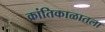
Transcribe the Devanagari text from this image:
क्रांतिकाळातला